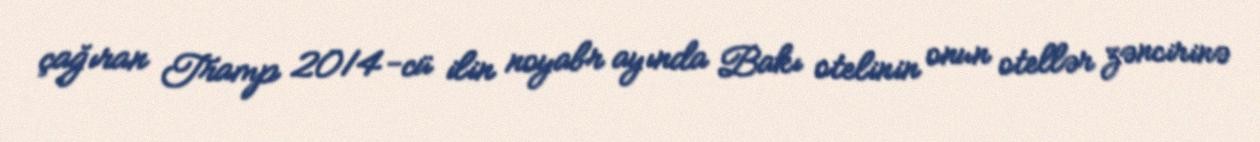
çağıran Tramp 2014-cü ilin noyabr ayında Bakı otelinin onun otellər zəncirinə